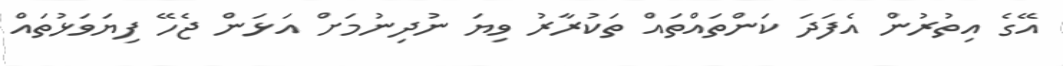
އޭގެ އިތުރުން އެފަދަ ކަންތައްތައް ތަކުރާރު ވިޔަ ނުދިނުމަށް އަޅަން ޖެހޭ ފިޔަވަޅުތައް